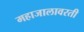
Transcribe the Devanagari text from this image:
महाजालावरती